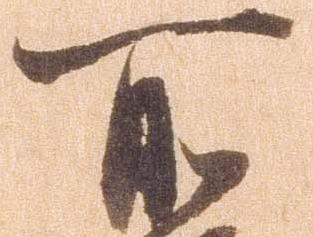
所